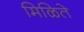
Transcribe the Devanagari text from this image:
मिळिते